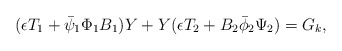
\begin{align*}(\epsilon T_1+\bar\psi_1\Phi_1B_1)Y+Y(\epsilon T_2+B_2\bar\phi_2\Psi_2) = G_k , \end{align*}